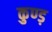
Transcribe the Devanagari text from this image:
कुण्ड़